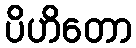
ပိဟိတော